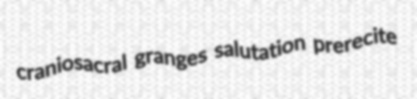
craniosacral granges salutation prerecite